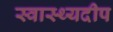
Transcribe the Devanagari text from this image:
स्वास्थ्यदीप